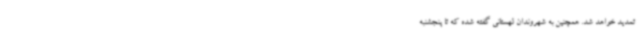
تمدید خواهد شد. همچنین به شهروندان لهستانی گفته شده که تا پنجشنبه